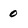
Character: 0